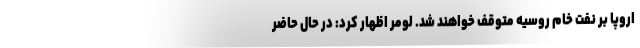
اروپا بر نفت خام روسیه متوقف خواهند شد. لومر اظهار کرد: در حال حاضر